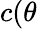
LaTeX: c(\theta